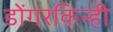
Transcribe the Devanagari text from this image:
डोंगरकिन्ही